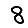
Digit: 8